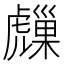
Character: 𧈈